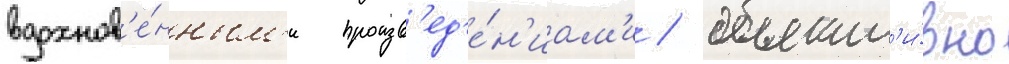
вдохнов'е́нным'и произв'ед'е́н'иам'и / объект'и́вно